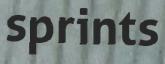
sprints